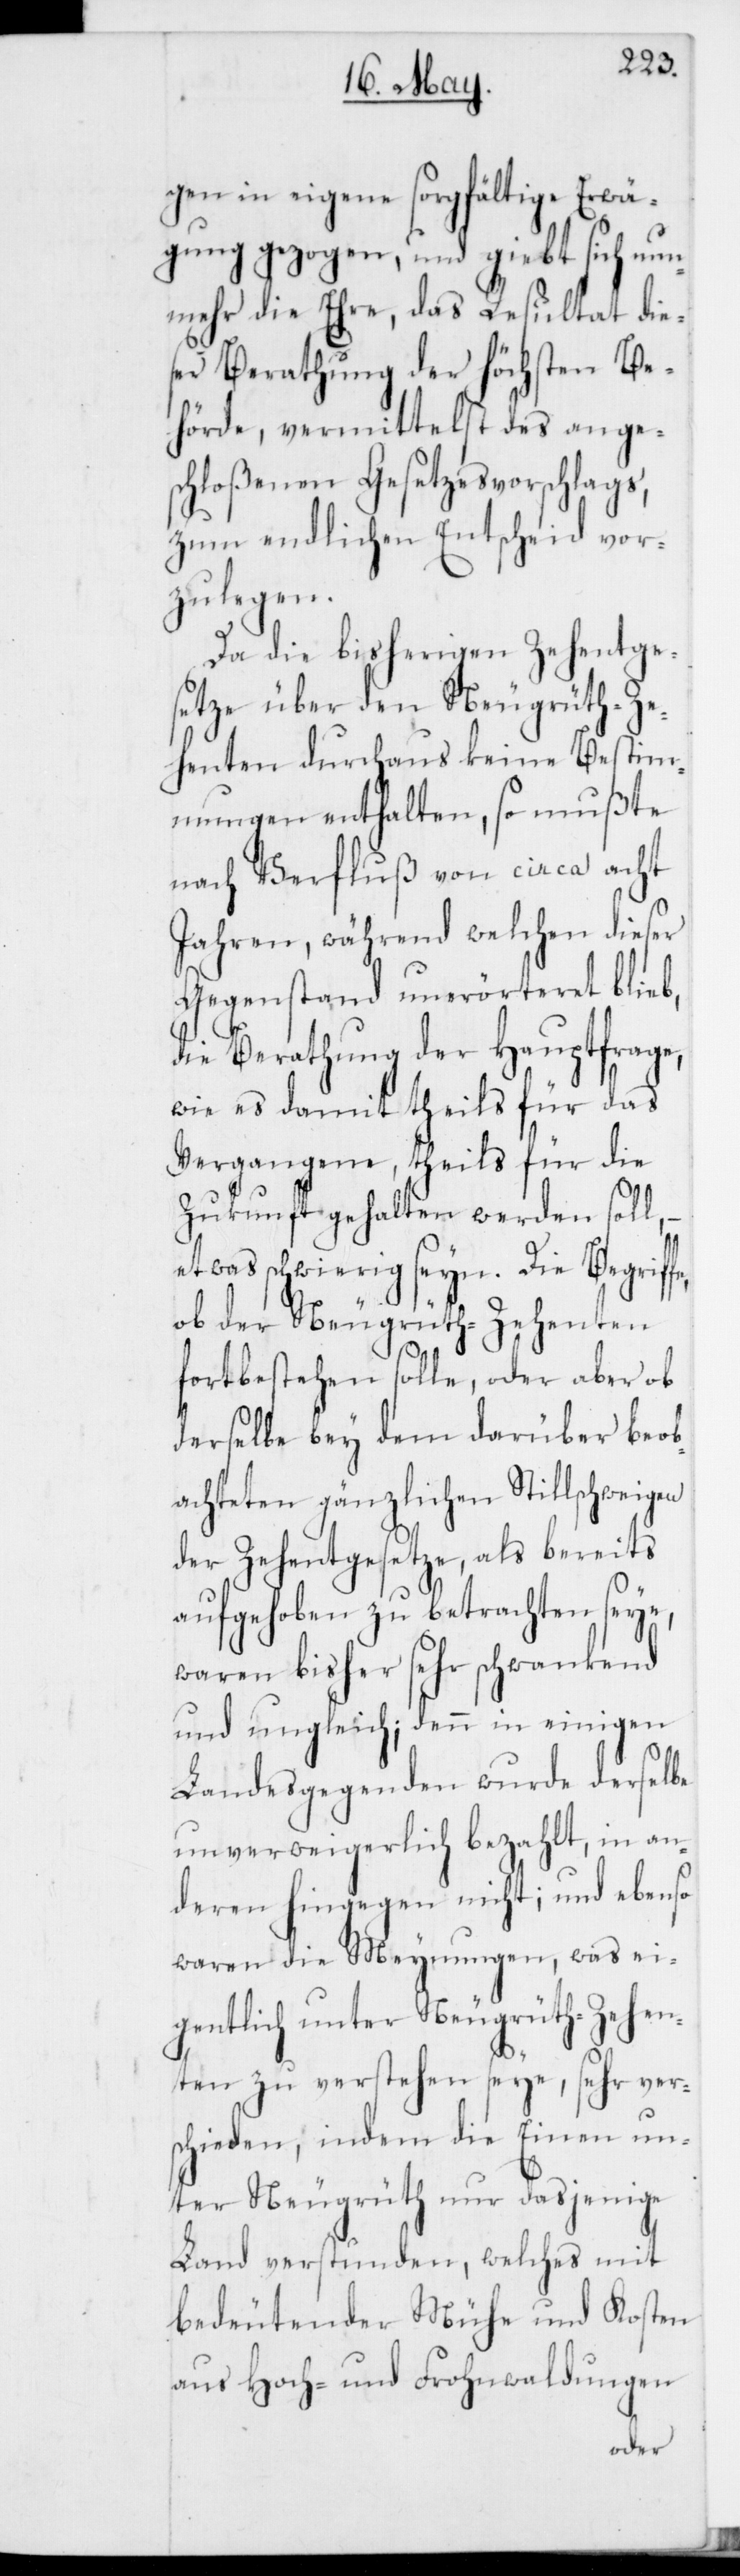
gen in eigene sorgfältige Erwä¬
gung gezogen, und giebt sich nun¬
mehr die Ehre, das Resultat die¬
ser Berathung der höchsten Be¬
hörde, vermittelst des ange¬
schloßenen Gesetzesvorschlags,
zum endlichen Entscheid vor¬
zulegen.
Da die bisherigen Zehentge¬
setze über den Neugrüth-Z¬
ehenten durchaus keine Bestim¬
mungen enthalten, so mußte
nach Verfluß von circa acht
Jahren, während welchen dieser
Gegenstand unerörteret blie¬
die Berathung der Hauptfrage,
wie es damit theils für das
Vergangene, theils für die
Zukunft gehalten werden sol¬
etwas schwierig seyn. Die Begrif¬
ob der Neugrüth-Zehenten
fortbestehen solle oder aber ob
derselbe bey dem darüber beo¬
bachteten gänzlichen Stillschweigen
ei¬
der Zehentgesetze, als
aufgehoben zu betrachten seye,
waren bisher sehr schwankend
und unlgeich; denn in einigen
Landesgegenden wurde derselbe
unverweigerlich bezahlt, in an¬
nd ebenso
deren hingegen nicht;
en,
waren die Meynung¬
gentlich unter Neugrüth-Zehen¬
ten zu verstehen seye, sehr vers¬
chieden, indem die Einen un¬
ter Neugrüth nur daßjenige
Land verstunden, welches mit
bedeutender Mühe und Kosten
aus Hoch- und Frohnwaldungen